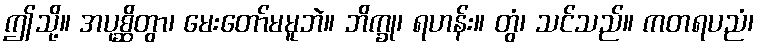
ဤသို့။ အပုစ္ဆိတွာ၊ မေးတော်မမူဘဲ။ ဘိက္ခု၊ ရဟန်း။ တွံ၊ သင်သည်။ ကတရပညံ၊